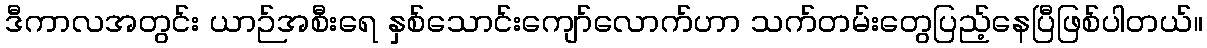
ဒီကာလအတွင်း ယာဉ်အစီးရေ နှစ်သောင်းကျော်လောက်ဟာ သက်တမ်းတွေပြည့်နေပြီဖြစ်ပါတယ်။